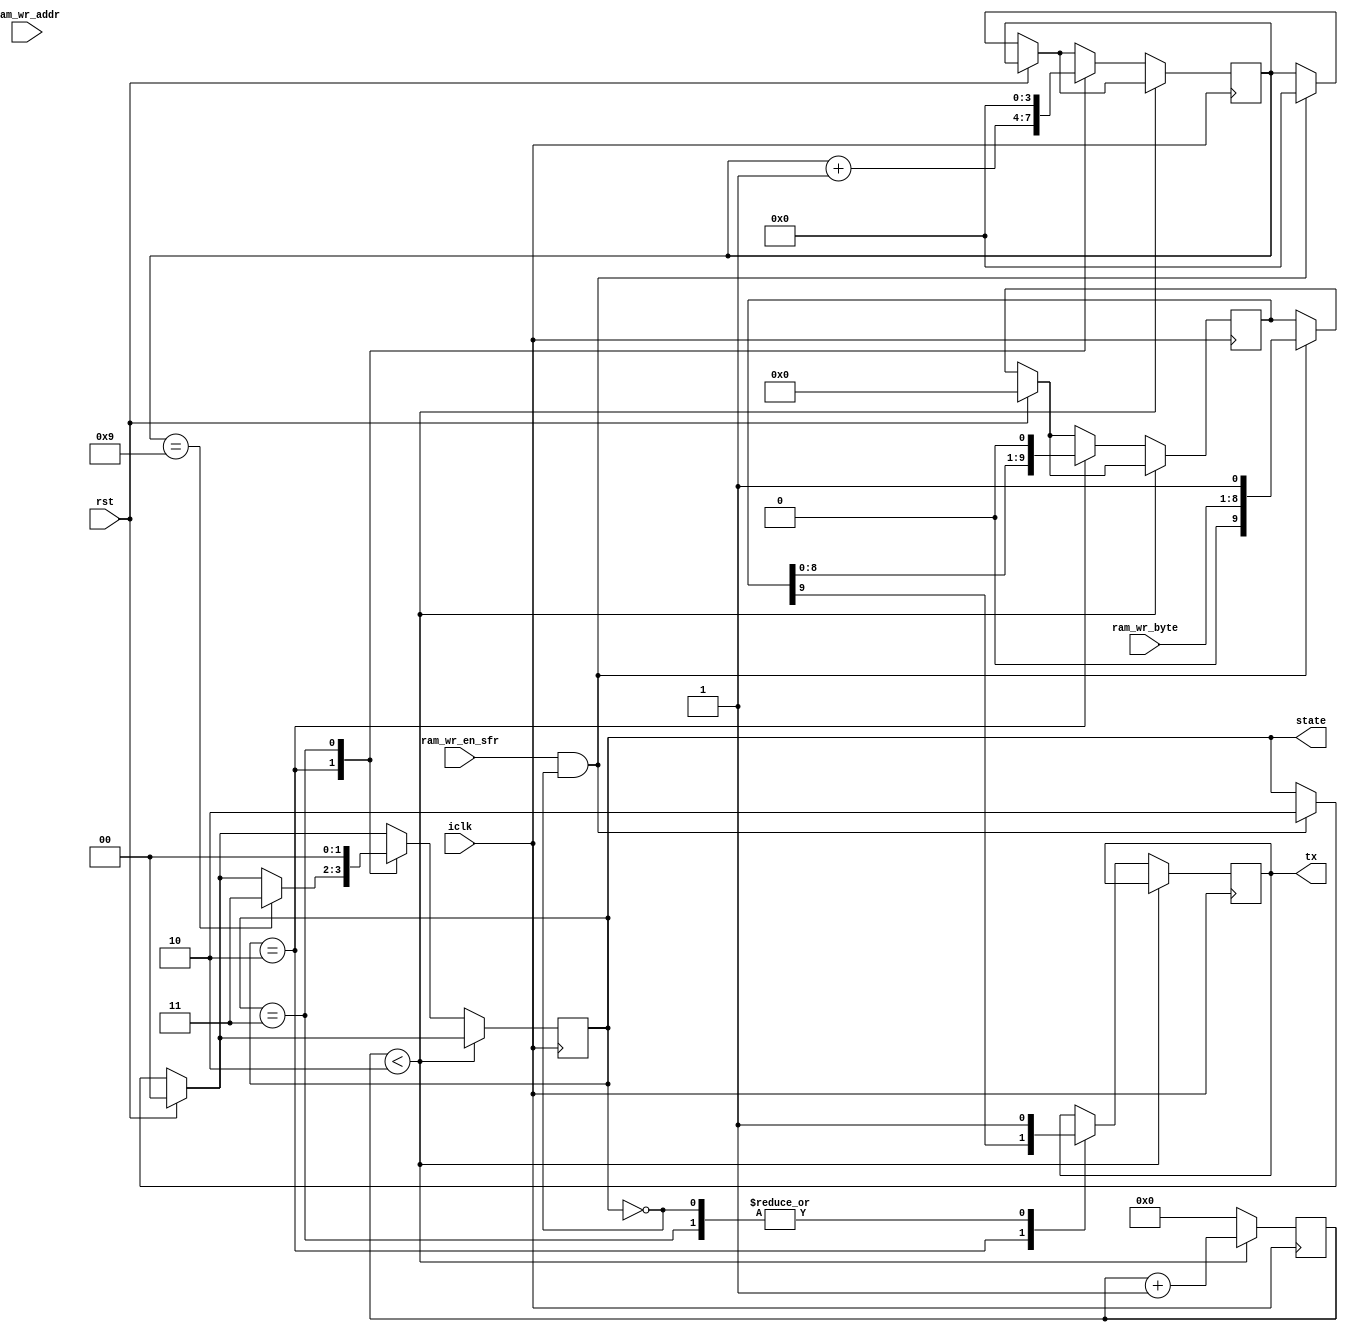
module simpleuart 
  #(
    parameter SFR_ADDRESS=8'h90,
    parameter BAUD_DIVISOR=8'h02
    ) (
       input wire 	rst,
       input wire 	iclk,
       input wire 	ram_wr_en_sfr,
       input wire [7:0] ram_wr_addr,
       input wire [7:0] ram_wr_byte,
       //		  input        ram_rd_en_sfr,
       //		  input        ram_rd_addr,
       //		  output [7:0] ram_rd_byte,
       output reg 	tx,
       //output reg 	test_baud, 
       //input wire 	rx,
       output reg [1:0] state	
       );
   
   parameter STATE_IDLE = 2'b00;
   parameter STATE_START = 2'b01;
   parameter STATE_BITS  = 2'b10;
   parameter STATE_STOP  = 2'b11;
   

   reg [3:0] 		bit_counter = 4'b0;
   //reg [1:0] 		state = 2'b00; // = STATE_IDLE;
   
   reg [9:0] 		data;
   reg [7:0] 		datain;

 
   // Baudrate generator
   reg 			baud_clk = 0;
   reg [7:0] 		baud_counter = 8'b0;

   
   
   always @ (posedge iclk) begin
      if (rst == 1) begin
	 state <= STATE_IDLE;
	 data <= 10'b0;
	 
      end else if (ram_wr_en_sfr == 1 && state == STATE_IDLE ) begin
	 //Write byte to fifo
         data <= {1'b0, ram_wr_byte, 1'b1};
	 state <= STATE_BITS;
	 bit_counter <= 0;
	 
      end
      // Baudrate generator and state machine
      if(baud_counter < BAUD_DIVISOR) begin			     
	 baud_counter <= baud_counter + 1 ;	 
	 //on each baudrate generator tick we advance the FSM
      end else begin
	 baud_counter <= 8'b0;
	 case (state)
	   STATE_IDLE: begin 
	      tx <= 1'b1;
	      	      
	   end
	   STATE_BITS: begin  
	      //tx <= !tx; //TEST
	      tx <= data[9];
	      data <= {data[8:0], 1'b0};
	      bit_counter <= bit_counter + 1;
	      if(bit_counter == 9) begin state <= STATE_STOP; end
	      
	   end
	   STATE_STOP: begin
	      tx <= 1'b1;
	      state <= STATE_IDLE;
	      bit_counter <= 0;	      
	   end
	 endcase // case (state)
      end			    
   end // always @ (posedge iclk)
  
   
   
 
endmodule // simpleuart